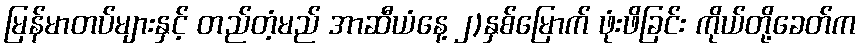
မြန်မာတပ်များနှင့် တည်တံ့မည် အာဆီယံနေ့ ၂)နှစ်မြောက် ဖုံးဖိခြင်း ကိုယ်တို့ခေတ်က